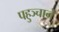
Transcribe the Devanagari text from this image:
पहुञ्चाने